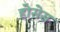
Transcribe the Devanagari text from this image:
होसेस